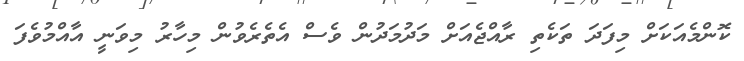
ކޮންމެއަކަށް މިފަދަ ތަކެތި ރާއްޖެއަށް މަދުމަދުން ވެސް އެތެރެވުން މިހާރު މިވަނީ އާއްމުވެފަ